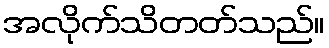
အလိုက်သိတတ်သည်။